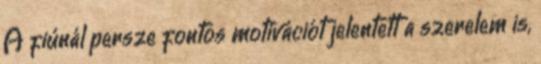
A fiúnál persze fontos motivációt jelentett a szerelem is,